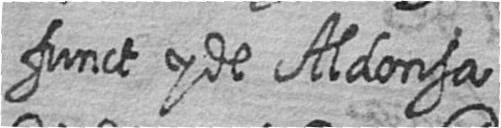
funct y de Aldonsa